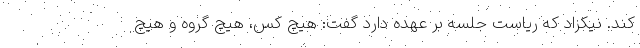
کند. نیکزاد که ریاست جلسه بر عهده دارد گفت: هیچ کس، هیچ گروه و هیچ